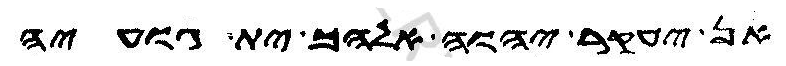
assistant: אן יעקר יהוה אלהך ית גועיה